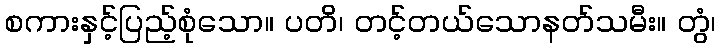
စကားနှင့်ပြည့်စုံသော။ ပတိ၊ တင့်တယ်သောနတ်သမီး။ တွံ၊